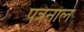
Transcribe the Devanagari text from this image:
पत्रनाल